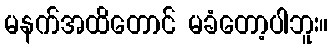
မနက်အထိတောင် မခံတော့ပါဘူး။